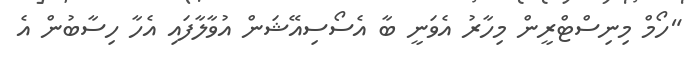
"ހޯމް މިނިސްޓްރީން މިހާރު އެވަނީ ބާ އެސޯސިއޭޝަން އުވާލާފައި އެހާ ހިސާބުން އެ